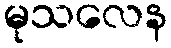
မုသလေန